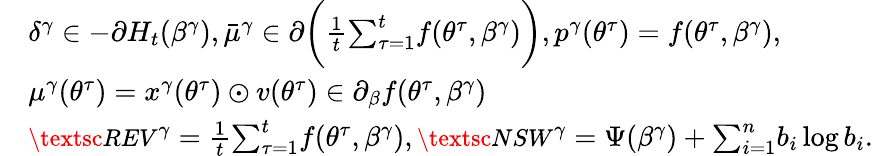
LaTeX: \begin{array}{rl}&{\delta^{\gamma}\in-\partial H_{t}(\beta^{\gamma}),{\bar{\mu}^{\gamma}}\in\partial\bigg(\frac 1t{\sum_{\tau=1}^{t}}f({\theta^{\tau}},\beta^{\gamma})\bigg),{p^{\gamma}}({\theta^{\tau}})=f({\theta^{\tau}},\beta^{\gamma}),}\\ &{\mu^{\gamma}({\theta^{\tau}})=x^{\gamma}({\theta^{\tau}})\odot v({\theta^{\tau}})\in\partial_{\beta}f({\theta^{\tau}},\beta^{\gamma})}\\ &{{\small\textsc{{REV}}}^{\gamma}=\frac 1t{\sum_{\tau=1}^{t}}f({\theta^{\tau}},\beta^{\gamma}),{\small\textsc{{NSW}}}^{\gamma}=\Psi(\beta^{\gamma})+{\sum_{i=1}^{n}}b_{i}\log b_{i}.}\end{array}